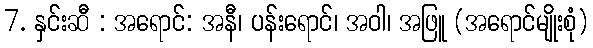
7. နှင်းဆီ : အရောင်: အနီ၊ ပန်းရောင်၊ အဝါ၊ အဖြူ (အရောင်မျိုးစုံ)